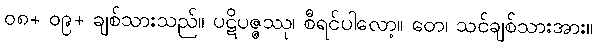
၀၈+ ၀၉+ ချစ်သားသည်။ ပဋိပဇ္ဇဿု၊ စီရင်ပါလော့။ တေ၊ သင်ချစ်သားအား။